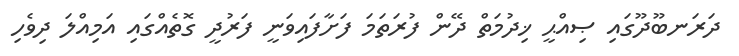
ދަރަނބޫދޫގައި ޞިއްޙީ ޚިދުމަތް ދޭން ފުރަތަމަ ފަށާފައިވަނީ ފަރުދީ ގޮތެއްގައި އަމިއްލަ ދިވެހި